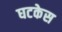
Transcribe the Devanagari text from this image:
घटकेस